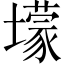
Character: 𡒯